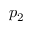
p _ { 2 }